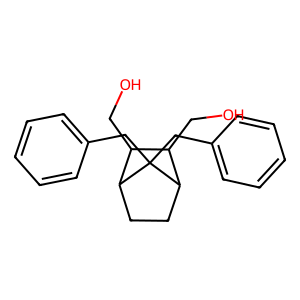
SMILES: OCC1C(CO)C2CCC1C2(Cc1ccccc1)Cc1ccccc1
Inhibits HIV replication: No